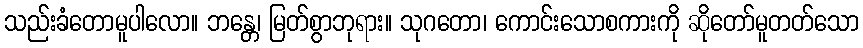
သည်းခံတောမူပါလော။ ဘန္တေ၊ မြတ်စွာဘုရား။ သုဂတော၊ ကောင်းသောစကားကို ဆိုတော်မူတတ်သော